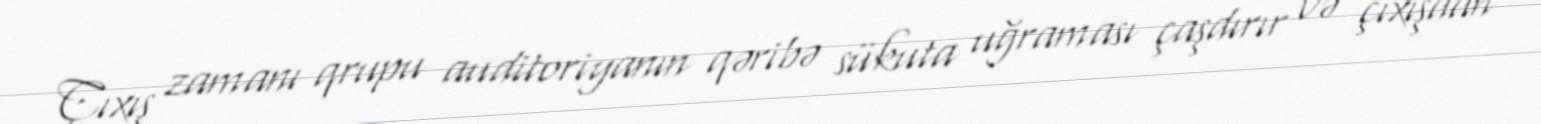
Çıxış zamanı qrupu auditoriyanın qəribə sükuta uğraması çaşdırır və çıxışdan